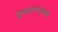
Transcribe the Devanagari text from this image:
ट्रफाल्गरच्या